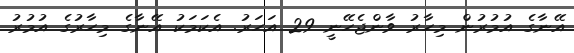
އޭނާގެ އުމުރުން މިހާރު ވާންޖެހޭނީ 29 އަހަރު. އެކަމަކު އޭނާގެ މިހާރުގެ އުމުރު